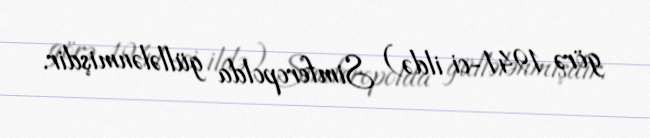
görə 1941-ci ildə) Simferopolda güllələnmişdir.